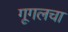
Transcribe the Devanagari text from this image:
गूगलचा